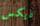
ديكس